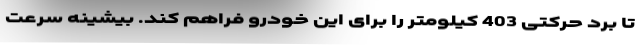
تا برد حرکتی 403 کیلومتر را برای این خودرو فراهم کند. بیشینه سرعت